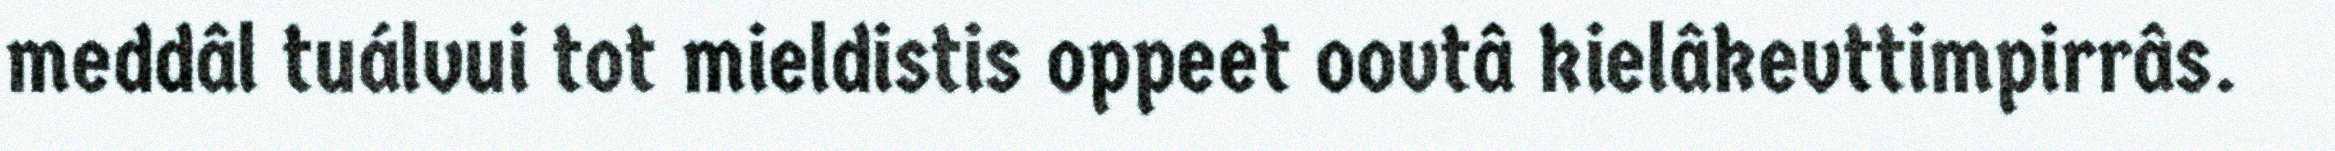
meddâl tuálvui tot mieldistis oppeet oovtâ kielâkevttimpirrâs.